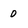
Character: 0